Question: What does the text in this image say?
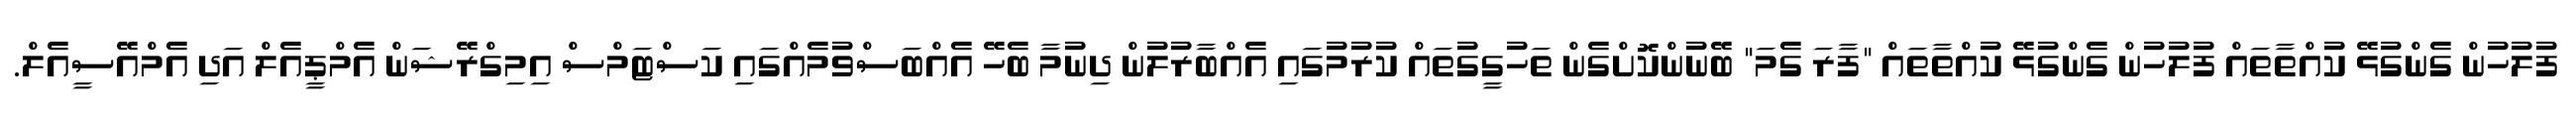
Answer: ފުލުހުން ގެންގުޅޭ ކުއްތާތައް ފުލުހުން ގެންގުޅޭ ކުއްތާތައް "ފާރަ ގެމަ" ބޭނުންކޮށްގެން ތަހުގީގުތައް ކުރުމުގައި އެއްބާރުލުން ދިނުމާ ބެހޭ އެއްބަސްވުމެއްގައި ކަސްޓަމްސް އިމިގްރޭޝަން އެމްޕީއެލް އަދި އެމްއޭސީއެލް.